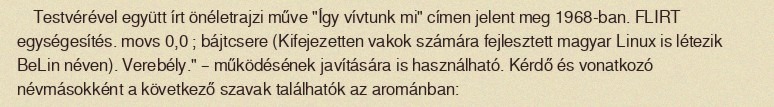
Testvérével együtt írt önéletrajzi műve "Így vívtunk mi" címen jelent meg 1968-ban. FLIRT egységesítés. movs 0,0 ; bájtcsere (Kifejezetten vakok számára fejlesztett magyar Linux is létezik BeLin néven). Verebély." – működésének javítására is használható. Kérdő és vonatkozó névmásokként a következő szavak találhatók az arománban: